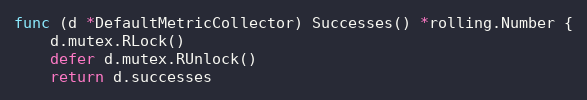
Language: Go
func (d *DefaultMetricCollector) Successes() *rolling.Number {
	d.mutex.RLock()
	defer d.mutex.RUnlock()
	return d.successes